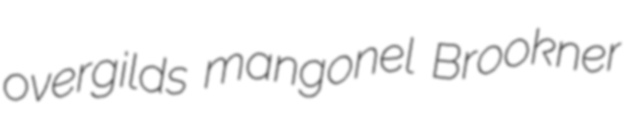
overgilds mangonel Brookner